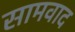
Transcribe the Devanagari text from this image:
सामवाद